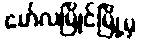
မော်လမြိုင်မြို့မှ